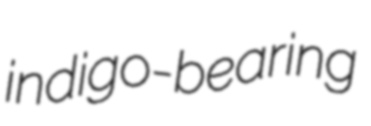
indigo-bearing